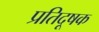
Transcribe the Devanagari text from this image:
प्रतिदूषक